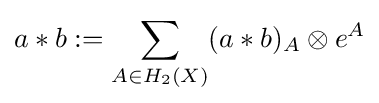
a*b:=\sum _{A\in H_{2}(X)}(a*b)_{A}\otimes e^{A}